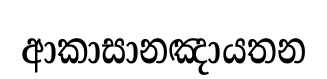
ආකාසානඤායතන